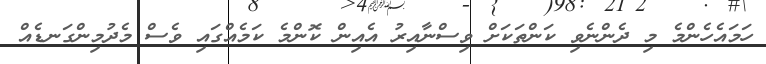
ހަމައެހެންމެ މި ދެންނެވި ކަންތަކަށް ވިސްނާއިރު އެއިން ކޮންމެ ކަމެއްގައި ވެސް މެދުމިންގަނޑެއް